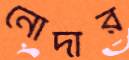
নোদার